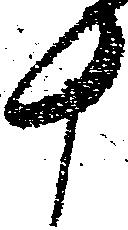
十